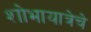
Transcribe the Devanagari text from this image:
शोभायात्रेचे